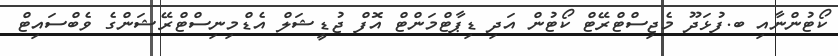
ކޯޓުންނާއި ބ.ފުޅަދޫ މެޖިސްޓްރޭޓް ކޯޓުން އަދި ޑިޕާޓްމަންޓް އޮފް ޖުޑީޝަލް އެޑްމިނިސްޓްރޭޝަންގެ ވެބްސައިޓް